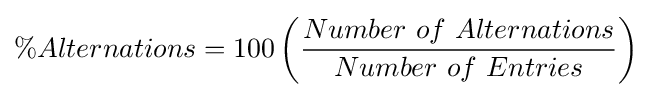
\%Alternations=100\left({\frac {Number\ of\ Alternations}{Number\ of\ Entries}}\right)